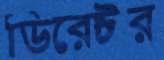
ডিরেক্টর